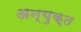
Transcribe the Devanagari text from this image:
अन्युक्त